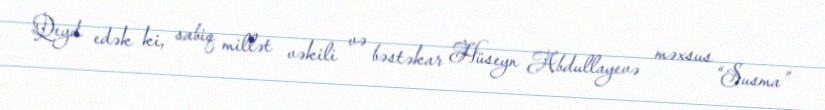
Qeyd edək ki, sabiq millət vəkili və bəstəkar Hüseyn Abdullayevə məxsus “Susma”